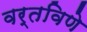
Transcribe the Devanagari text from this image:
वर्तविणे